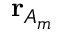
\mathbf { r } _ { A _ { m } }